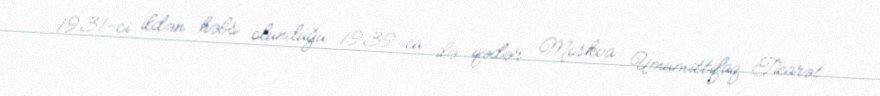
1931-ci ildən həbs olunduğu 1939-cu ilə qədər Moskva Ümumittifaq Ticarət